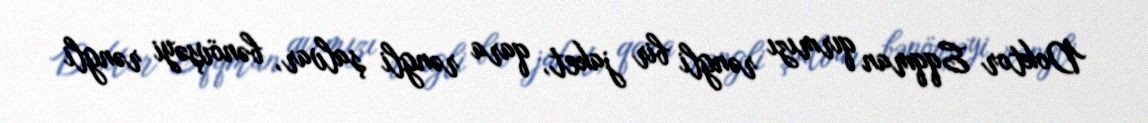
Doktor Eqqman qırmızı rəngli bir jaket, qara rəngli şalvar, bənövşəyi rəngli